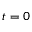
t = 0